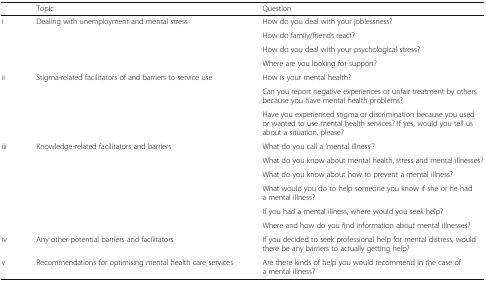
<table><thead><tr><td></td><td><b>Topic</b></td><td><b>Question</b></td></tr></thead><tbody><tr><td rowspan="4">i</td><td rowspan="4">Dealing with unemployment and mental stress</td><td>How do you deal with your joblessness?</td></tr><tr><td>How do family/friends react?</td></tr><tr><td>How do you deal with your psychological stress?</td></tr><tr><td>Where are you looking for support?</td></tr><tr><td rowspan="3">ii</td><td rowspan="3">Stigma-related facilitators of and barriers to service use</td><td>How is your mental health?</td></tr><tr><td>Can you report negative experiences or unfair treatment by others because you have mental health problems?</td></tr><tr><td>Have you experienced stigma or discrimination because you used or wanted to use mental health services? If yes, would you tell us about a situation, please?</td></tr><tr><td rowspan="6">iii</td><td rowspan="6">Knowledge-related facilitators and barriers</td><td>What do you call a ‘mental illness’?</td></tr><tr><td>What do you know about mental health, stress and mental illnesses?</td></tr><tr><td>What do you know about how to prevent a mental illness?</td></tr><tr><td>What would you do to help someone you know if she or he had a mental illness?</td></tr><tr><td>If you had a mental illness, where would you seek help?</td></tr><tr><td>Where and how do you find information about mental illnesses?</td></tr><tr><td>iv</td><td>Any other potential barriers and facilitators</td><td>If you decided to seek professional help for mental distress, would there be any barriers to actually getting help?</td></tr><tr><td>v</td><td>Recommendations for optimising mental health care services</td><td>Are there kinds of help you would recommend in the case of a mental illness?</td></tr></tbody></table>